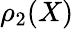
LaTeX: \rho_{2}(X)